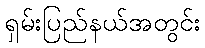
ရှမ်းပြည်နယ်အတွင်း